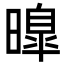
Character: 曍